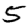
Digit: 5